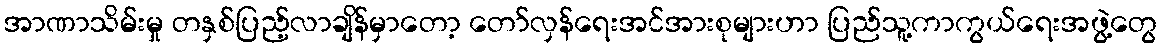
အာဏာသိမ်းမှု တနှစ်ပြည့်လာချိန်မှာတော့ တော်လှန်ရေးအင်အားစုများဟာ ပြည်သူ့ကာကွယ်ရေးအဖွဲ့တွေ